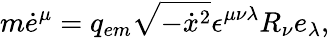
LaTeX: m\dot{e}^{\mu}=q_{em}\sqrt{-\dot{x}{}^{2}}\epsilon^{\mu\nu\lambda}R_{\nu}e_{\lambda},